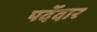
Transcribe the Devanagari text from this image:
पर्देदार